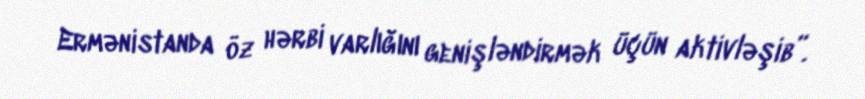
Ermənistanda öz hərbi varlığını genişləndirmək üçün aktivləşib”.